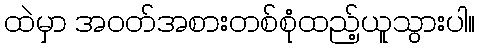
ထဲမှာ အဝတ်အစားတစ်စုံထည့်ယူသွားပါ။